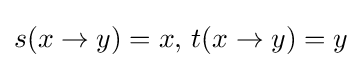
s(x\to y)=x,\,t(x\to y)=y